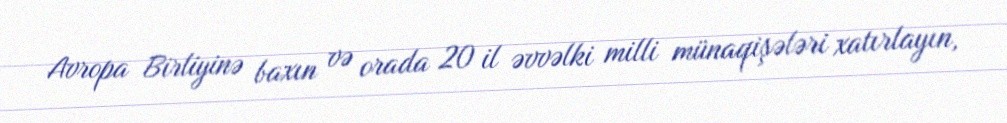
Avropa Birliyinə baxın və orada 20 il əvvəlki milli münaqişələri xatırlayın,